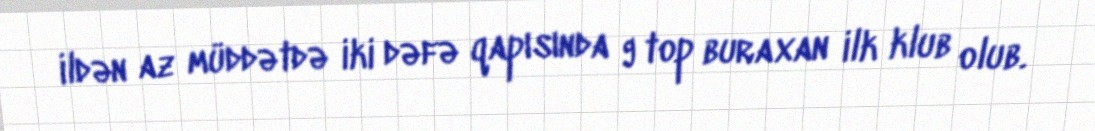
ildən az müddətdə iki dəfə qapısında 9 top buraxan ilk klub olub.